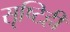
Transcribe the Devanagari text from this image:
सृष्टिही